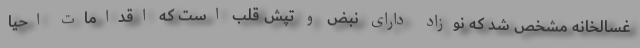
غسالخانه مشخص شد که نوزاد دارای نبض و تپش قلب است که اقدامات احیا